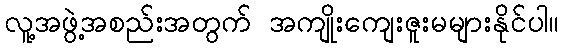
လူ့အဖွဲ့အစည်းအတွက် အကျိုးကျေးဇူးမများနိုင်ပါ။